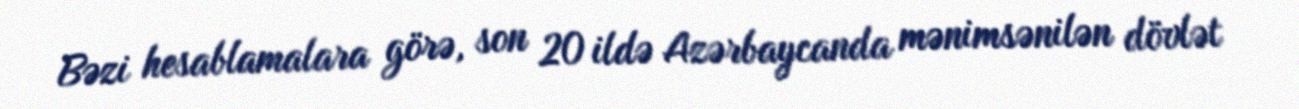
Bəzi hesablamalara görə, son 20 ildə Azərbaycanda mənimsənilən dövlət